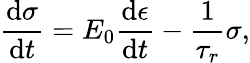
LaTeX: \frac{\mathrm{d}\sigma}{\mathrm{d}t}=E_{0}\frac{\mathrm{d}\epsilon}{\mathrm{d}t}-\frac{1}{\tau_{r}}\sigma,